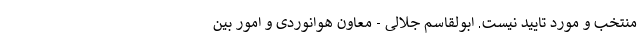
منتخب و مورد تایید نیست. ابولقاسم جلالی - معاون هوانوردی و امور بین